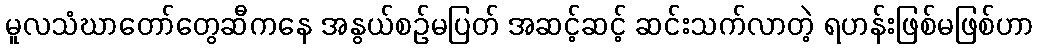
မူလသံဃာတော်တွေဆီကနေ အနွယ်စဉ်မပြတ် အဆင့်ဆင့် ဆင်းသက်လာတဲ့ ရဟန်းဖြစ်မဖြစ်ဟာ